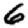
Digit: 6